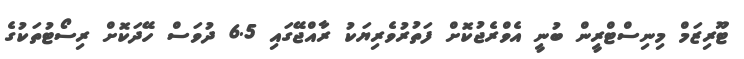
ޓޫރިޒަމް މިނިސްޓްރީން ބުނީ އެވްރެޖުކޮށް ފަތުރުވެރިޔަކު ރާއްޖޭގައި 6.5 ދުވަސް ހޭދަކޮށް ރިސޯޓުތަކުގެ